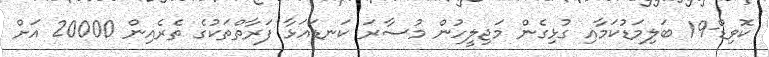
ކޮވިޑް-19 ބަލިމަޑުކަމާއި ގުޅިގެން މަޖިލީހުން މުސާރަ ކަނޑައަޅާ ފަރާތްތަކުގެ ތެރެއިން 20000 އަށް